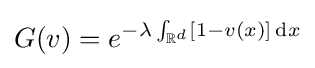
G(v)=e^{-\lambda \int _{\mathbb {R} ^{d}}[1-v(x)]\,\mathrm {d} x}